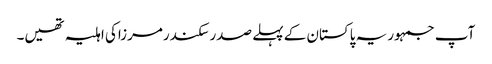
آپ جمہوریہ پاکستان کے پہلے صدرسکندرمرزاکی اہلیہ تھیں۔